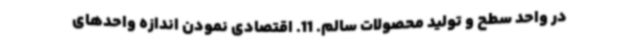
در واحد سطح و تولید محصولات سالم. 11. اقتصادی نمودن اندازه واحدهای